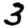
Digit: 3